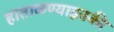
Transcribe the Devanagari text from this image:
हाताळण्याइतकी